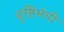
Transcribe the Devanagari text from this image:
दृष्टिमंगी